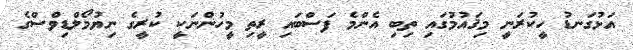
އަޅުގަނޑު ހީކުރަނީ މިޤައުމުގައި ތިބި އެންމެ ފަސްބައި ރީތި މީހުންނަކީ ކުރީގެ ނިޔުމޯލްޑިވްސްގެ